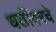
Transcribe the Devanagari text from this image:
धर्तीवरचे